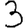
Digit: 3